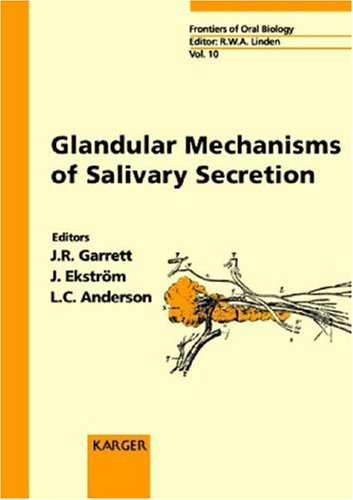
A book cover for Glandular Mechanisms of Salivary Secretion (Frontiers of Oral Biology, Vol. 10); Medical Books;